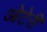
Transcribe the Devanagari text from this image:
ओटेरी